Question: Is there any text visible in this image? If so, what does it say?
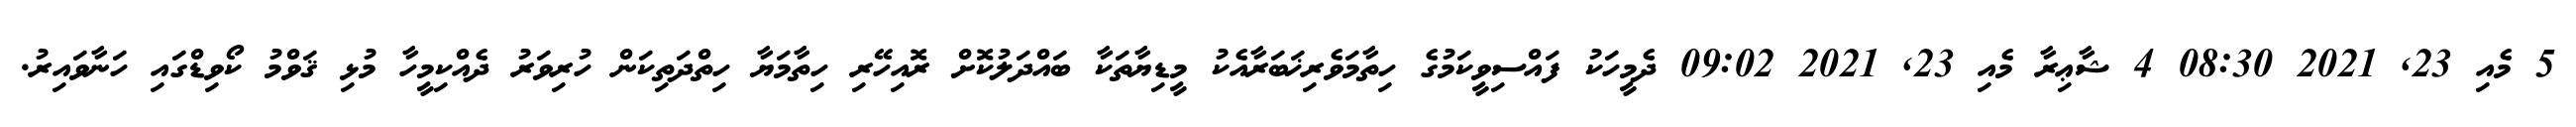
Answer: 5 މެއި 23, 2021 08:30 4 ޝާޢިރާ މެއި 23, 2021 09:02 ދެމީހަކު ފައްސިވީކަމުގެ ހިތާމަވެރިޚަބަރާއެކު މީޑިޔާތަކާ ބައްދަލުކޮށް ރޮއިހޭރި ހިތާމަޔާ ހިތްދަތިކަން ހުރިވަރު ދެއްކިމީހާ މުޅި ޤަވްމު ކޯވިޑްގައި ހަނާވައިރު.